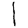
Digit: 1